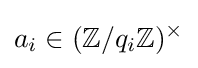
a_{i}\in (\mathbb {Z} /q_{i}\mathbb {Z} )^{\times }